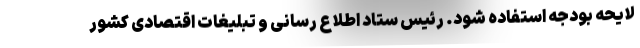
لایحه بودجه استفاده شود. رئیس ستاد اطلاع رسانی و تبلیغات اقتصادی کشور